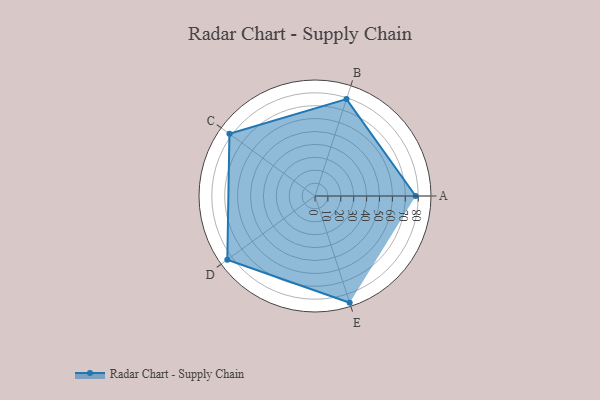
{"axis": {"x": "Skill", "y": "Score"}, "legend": ["Profile"], "data": [{"x": "A", "y": 78.0, "type": "Profile"}, {"x": "B", "y": 79.0, "type": "Profile"}, {"x": "C", "y": 82.0, "type": "Profile"}, {"x": "D", "y": 84.0, "type": "Profile"}, {"x": "E", "y": 87.0, "type": "Profile"}]}